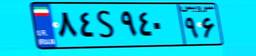
۸۴S۹۴۰۹۶